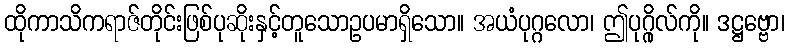
ထိုကာသိကရာဇ်တိုင်းဖြစ်ပုဆိုးနှင့်တူသောဥပမာရှိသော။ အယံပုဂ္ဂလော၊ ဤပုဂ္ဂိုလ်ကို။ ဒဋ္ဌဗ္ဗော၊